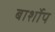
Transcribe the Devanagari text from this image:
बार्शोप